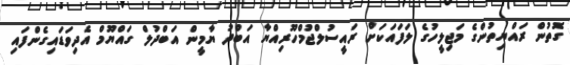
ގޮތުން ރައްޔިތުންގެ މަޖިލީހުގެ ލަފައަކަށް ރައީސުލްޖުމްހޫރިއްޔާ އަބްދު ޔާމީން އަބްދުލް ގައްޔޫމް އެދިވަޑައިގެންފައި